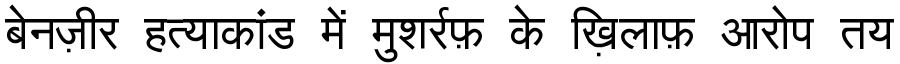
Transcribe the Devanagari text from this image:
बेनज़ीर हत्याकांड में मुशर्रफ़ के ख़िलाफ़ आरोप तय